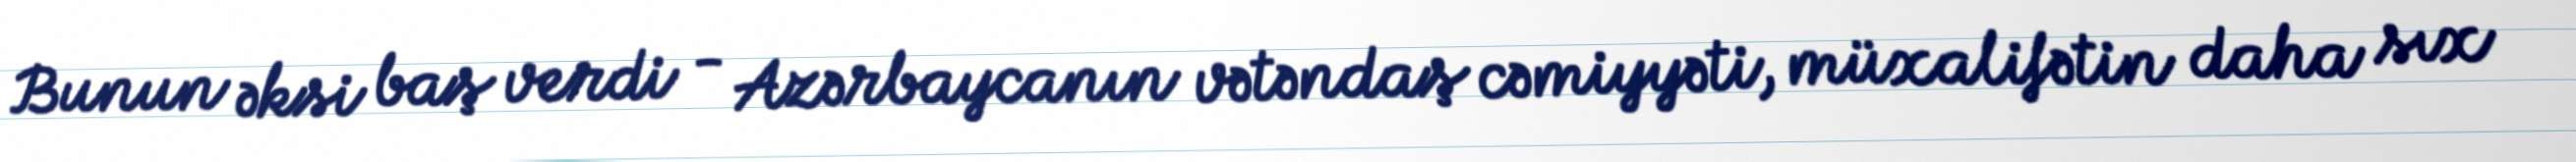
Bunun əksi baş verdi - Azərbaycanın vətəndaş cəmiyyəti, müxalifətin daha sıx